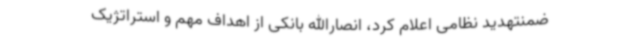
ضمنتهدید نظامی اعلام کرد، انصارالله بانکی از اهداف مهم و استراتژیک